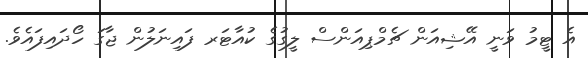
އެ ޓީމު ވަނީ އޭޝިއަން ޗެމްޕިއަންސް ލީގުގެ ކުއާޓަރ ފައިނަލުން ޖާގަ ހޯދައިފައެވެ.